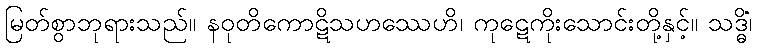
မြတ်စွာဘုရားသည်။ နဝုတိကောဋိသဟဿေဟိ၊ ကုဋေကိုးသောင်းတို့နှင့်။ သဒ္ဓိံ၊